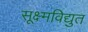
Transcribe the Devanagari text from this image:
सूक्ष्मविद्युत